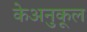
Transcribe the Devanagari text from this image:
केअनुकूल